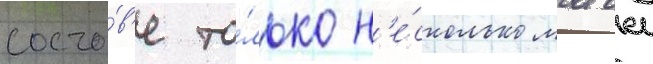
соста́в'е то́лько н'е́сколько матчеи